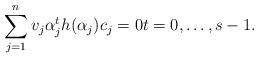
LaTeX: \begin{align*}\sum_{j=1}^n v_j\alpha_j^t h(\alpha_j) c_j =0 t=0,\dots,s-1.\end{align*}